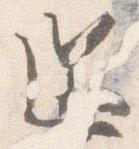
還